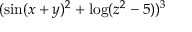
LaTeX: ( \sin ( x + y ) ^ { 2 } + \log ( z ^ { 2 } - 5 ) ) ^ { 3 }